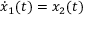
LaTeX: { \dot { x } } _ { 1 } ( t ) = x _ { 2 } ( t )